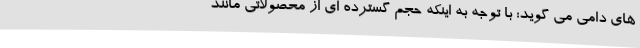
های دامی می گوید: با توجه به اینکه حجم گسترده ای از محصولاتی مانند